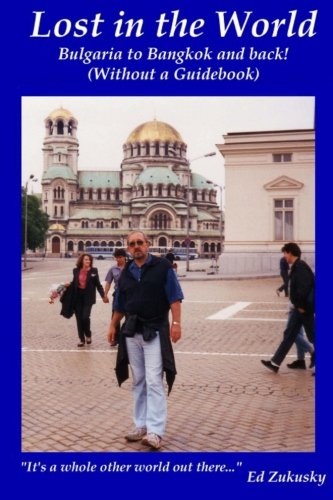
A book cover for Lost in the World: Bangkok to Bulgaria and back! (Without a Guidebook); Ed Zukusky; Travel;